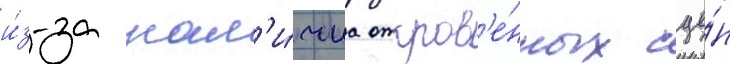
и́з-за нал'и́чиа откров'е́нных сце́н